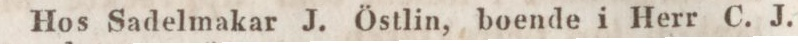
Hos Sadelmakar J. Östlin, boende i Herr C. J.